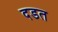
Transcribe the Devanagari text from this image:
दडत